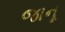
જાનૂ